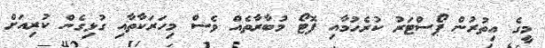
މީގެ އިތުރުން ޕޯސްޓަރު ކުރެހުމާއި ފޮޓޯ މުބާރާތެއް ވެސް މިހަރަކާތާއި ގުޅިގެން ކުރިއަށް